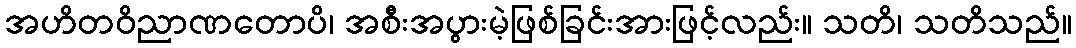
အဟိတဝိညာဏတောပိ၊ အစီးအပွားမဲ့ဖြစ်ခြင်းအားဖြင့်လည်း။ သတိ၊ သတိသည်။